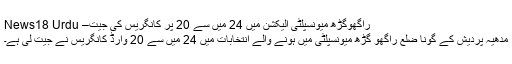
راگھوگڑھ میونسپلٹی الیکشن میں 24 میں سے 20 پر کانگریس کی جیت– News18 Urdu
مدھیہ پردیش کے گونا ضلع راگھو گڑھ میونسپلٹی میں ہونے والے انتخابات میں 24 میں سے 20 وارڈ کانگریس نے جیت لی ہے۔